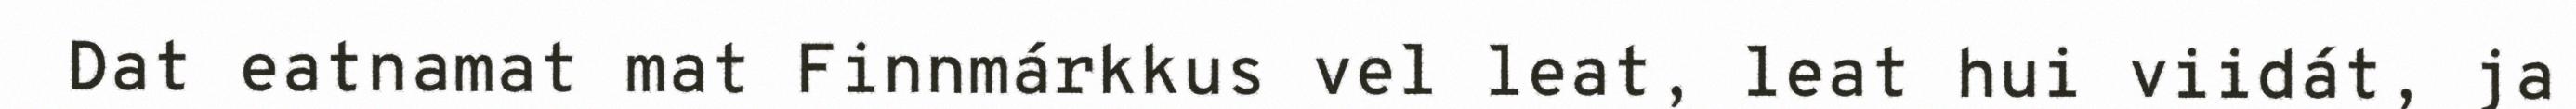
Dat eatnamat mat Finnmárkkus vel leat, leat hui viidát, ja